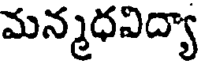
మన్మధవిద్యా